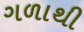
ગળાથી